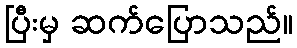
ပြီးမှ ဆက်ပြောသည်။